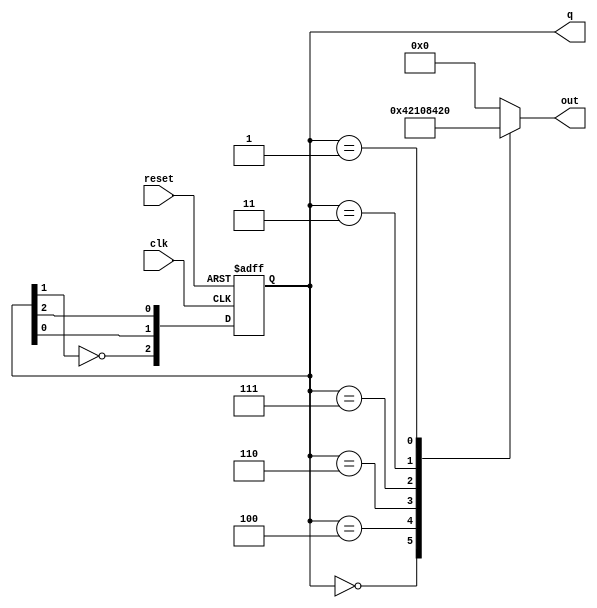
module johnson_counter (
    input wire clk,          // Clock signal
    input wire reset,        // Asynchronous reset signal
    output reg [2:0] q,      // Output state of the counter
    output reg [5:0] out     // Output for 6 unique states
);

// State register
always @(posedge clk or posedge reset) begin
    if (reset) begin
        // Reset state to 000
        q <= 3'b000;
    end else begin
        // Johnson counter logic
        q[2] <= ~q[1];         // Feedback: inverted output of the last flip-flop
        q[1] <= q[0];          // Shift right
        q[0] <= q[2];          // Shift right
    end
end

// Output logic based on the state (Moore Output)
always @(*) begin
    case (q)
        3'b000: out = 6'b000001; // State 0
        3'b100: out = 6'b000010; // State 1
        3'b110: out = 6'b000100; // State 2
        3'b111: out = 6'b001000; // State 3
        3'b011: out = 6'b010000; // State 4
        3'b001: out = 6'b100000; // State 5
        default: out = 6'b000000; // Undefined state (shouldn't occur)
    endcase
end

endmodule